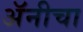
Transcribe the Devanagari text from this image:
अॅनीचा